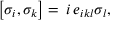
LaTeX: \left[ \sigma _ { i } , \sigma _ { k } \right] = \, i \, e _ { i k l } \sigma _ { l } ,